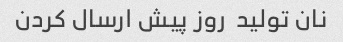
نان تولید  روز پیش ارسال کردن